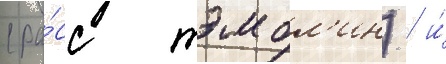
(ра́сс тэмбл'ин) / и́